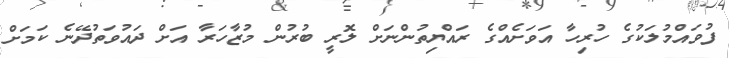
ފުވައްމުލަކުގެ ހުރިހާ އަވަށެއްގެ ރައްޔިތުންނަށް ލޮރީ ބުރުން މުޒާހަރާ އަށް ދައުވަތުދޭނެ ކަމަށް